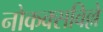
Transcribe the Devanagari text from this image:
नोकक्सविल्ले